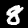
Digit: 8